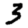
Digit: 3